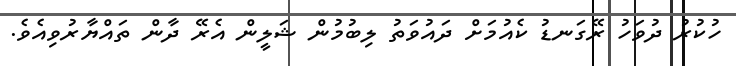
ހުކުރު ދުވަހު ރޭގަނޑު ކެއުމަށް ދައުވަތު ލިބުމުން ޝަލީން އެރޭ ދާން ތައްޔާރުވިއެވެ.